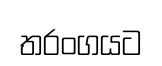
තරංගයට